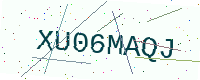
Text: XU06MAQJ